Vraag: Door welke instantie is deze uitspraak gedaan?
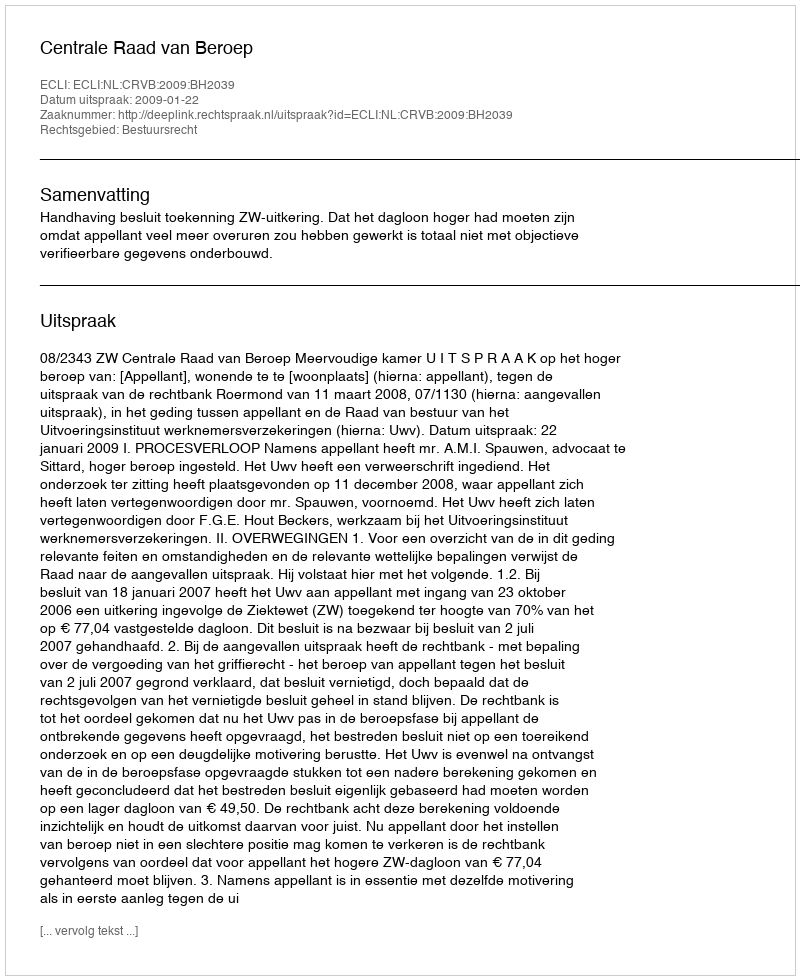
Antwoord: Centrale Raad van Beroep